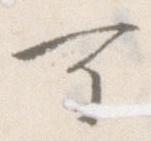
可